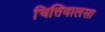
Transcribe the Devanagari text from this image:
चित्तिवालसा